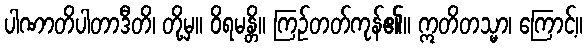
ပါဏာတိပါတာဒီတိ၊ တို့မှ။ ဝိရမန္တိ။ ကြဉ်တတ်ကုန်၏။ ဣတိတသ္မာ၊ ကြောင့်။